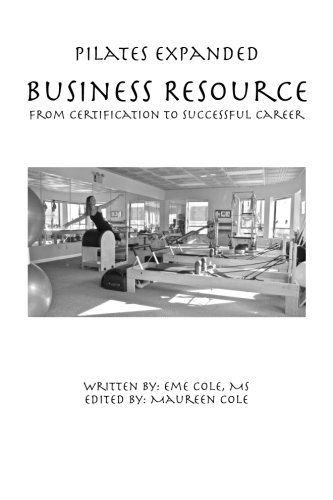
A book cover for Pilates Expanded Business Resource: from certification to successful career; Eme Cole; Health, Fitness & Dieting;